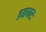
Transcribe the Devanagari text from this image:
व्रतधरः